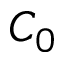
C _ { 0 }